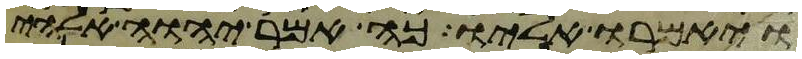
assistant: ויאמרו אליו כה אמר יהוה אלהי